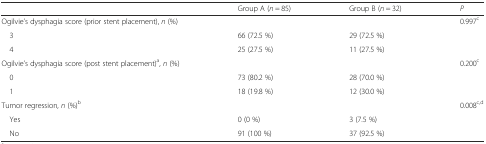
|  | Group A (n = 85) | Group B (n = 32) | P |
 | --- | --- | --- | --- |
 | Ogilvie’s dysphagia score (prior stent placement), n (%) |  |  | 0.997c |
 | 3 | 66 (72.5 %) | 29 (72.5 %) |  |
 | 4 | 25 (27.5 %) | 11 (27.5 %) |  |
 | Ogilvie’s dysphagia score (post stent placement)a, n (%) |  |  | 0.200c |
 | 0 | 73 (80.2 %) | 28 (70.0 %) |  |
 | 1 | 18 (19.8 %) | 12 (30.0 %) |  |
 | Tumor regression, n (%)b |  |  | 0.008c,d |
 | Yes | 0 (0 %) | 3 (7.5 %) |  |
 | No | 91 (100 %) | 37 (92.5 %) |  |